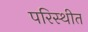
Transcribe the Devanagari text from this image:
परिस्थीत